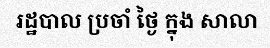
រដ្ឋបាល ប្រចាំ ថ្ងៃ ក្នុង សាលា